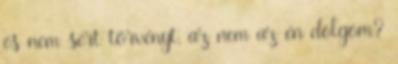
és nem sért törvényt, az nem az én dolgom?